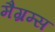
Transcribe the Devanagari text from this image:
मैग्रम्स